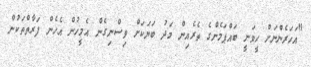
"އަހަރެންނަށް ހީވަނީ ބައްޕަމެންގެ ތެރެއިން މަދު ބަޔަަކަށް ވިސްނިގެން އެމީހުން އެހެން ފަރާތްތަކުން